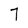
Character: 7